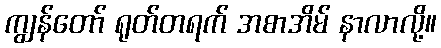
ကျွန်တော် ရုတ်တရက် အစာအိမ် နာလာလို့။